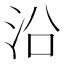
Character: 沿